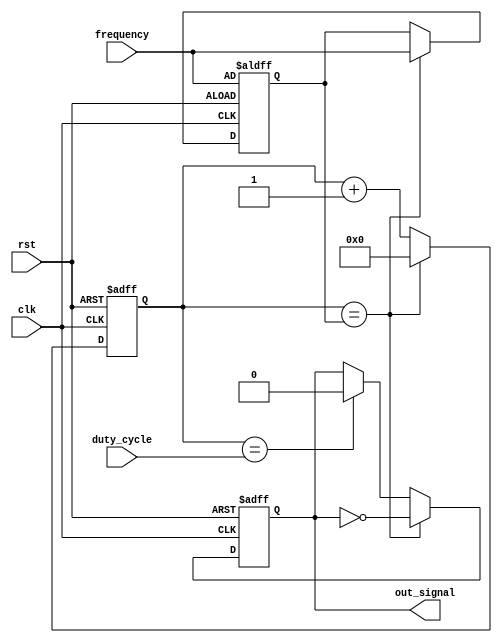
module periodic_timer(
    input wire clk,
    input wire rst,
    input wire [7:0] frequency,
    input wire [7:0] duty_cycle,
    output reg out_signal
);

reg [7:0] counter = 8'd0;
reg [7:0] threshold;

always @(posedge clk or posedge rst) begin
    if(rst) begin
        counter <= 8'd0;
        threshold <= frequency;
        out_signal <= 0;
    end else begin
        if(counter == threshold) begin
            counter <= 8'd0;
            out_signal <= ~out_signal;
            threshold <= frequency;
        end else begin
            counter <= counter + 1;
            if(counter == duty_cycle) begin
                out_signal <= 0;
            end
        end
    end
end

endmodule